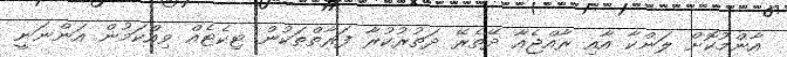
އާންމުކޮށް ލަންކާ އާއި ރާއްޖެއާ ދޭތެރޭ ދަތުރުކުރާ ފަރާތްތަކުން ޓިކެޓެއް ވިއްކަމުން އަންނަނީ